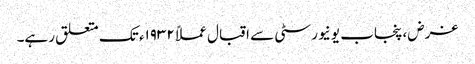
غرض، پنجاب یونیورسٹی سے اقبال عملاً ١٩٣٢ء تک متعلق رہے۔